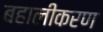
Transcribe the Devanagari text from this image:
बहालीकरण